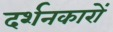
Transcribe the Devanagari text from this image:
दर्शनकारों